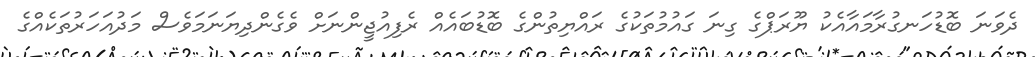
ދެވަނަ ބޮޑުހަނގުރާމައާއެކު ޔޫރަޕްގެ ގިނަ ގައުމުތަކުގެ ރައްޔިތުންގެ ބޮޑުބައެއް ރެފިއުޖީންނަށް ވެގެންދިޔަނަމަވެސް މަދުއަހަރުތަކެއްގެ